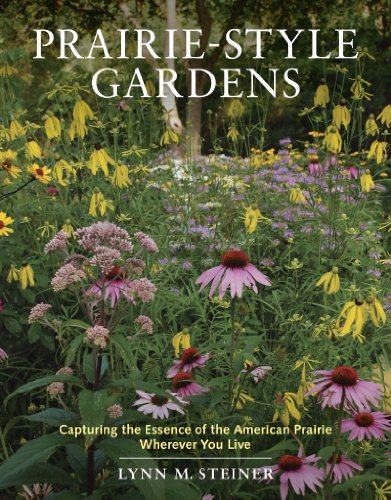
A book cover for Prairie-Style Gardens: Capturing the Essence of the American Prairie Wherever You Live; Lynn Steiner; Crafts, Hobbies & Home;